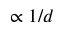
\propto 1 / d